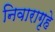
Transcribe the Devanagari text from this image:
निवारागृहे